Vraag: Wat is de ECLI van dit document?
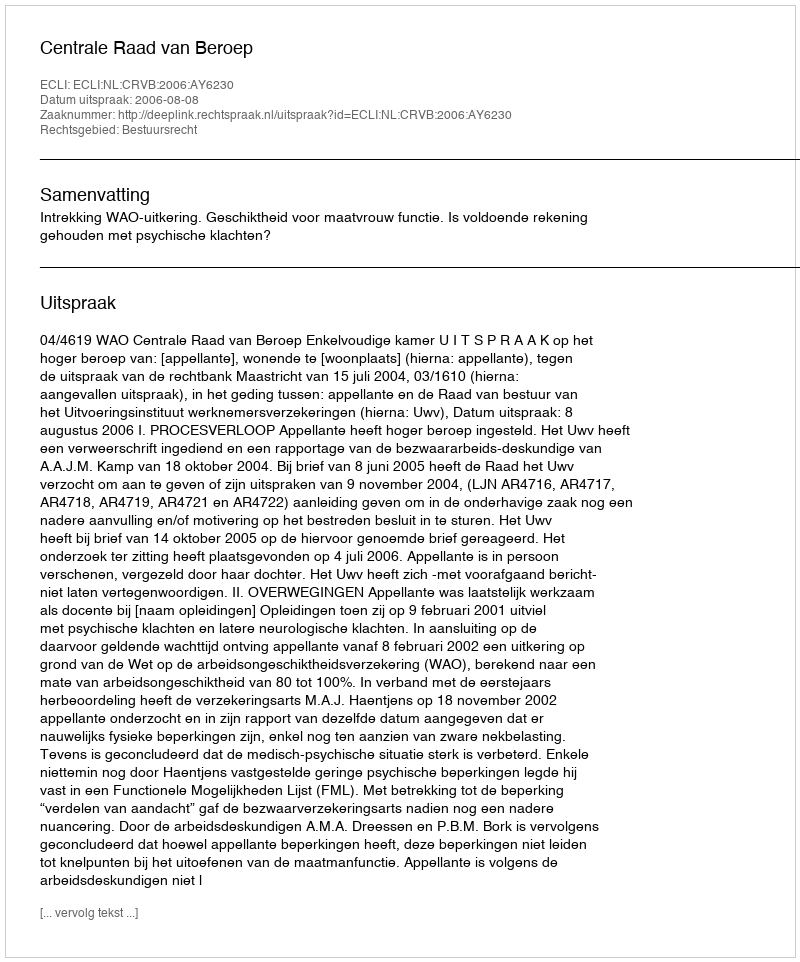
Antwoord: ECLI:NL:CRVB:2006:AY6230